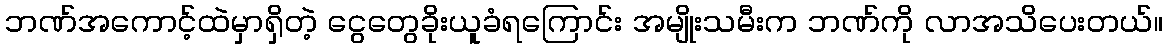
ဘဏ်အကောင့်ထဲမှာရှိတဲ့ ငွေတွေခိုးယူခံရကြောင်း အမျိုးသမီးက ဘဏ်ကို လာအသိပေးတယ်။